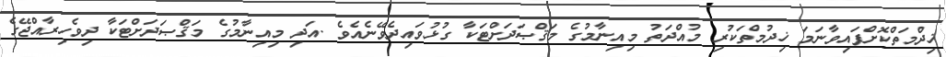
ޚިދްމަތްކޮށްފައިވާނަމަ ޚިދުމްތަކުރި މުއްދަތު މިއިނާމުގެ މަޤްޞަދަށްޓަކާ ގުޅުވައިދެވޭނެއެވެ .އަދި މިއިނާމުގެ މަޤްޞަދަށްޓަކާ ދިވެހިރާއްޖޭގެ